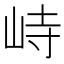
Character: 峙